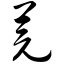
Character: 芫